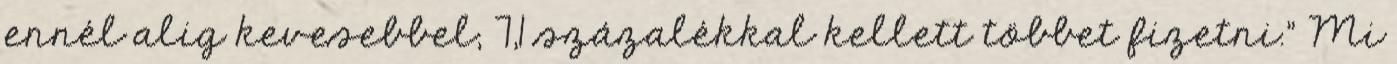
ennél alig kevesebbel, 7,1 százalékkal kellett többet fizetni.” Mi